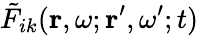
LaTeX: \tilde{F}_{ik}(\mathbf{r},\omega;\mathbf{r}^{\prime},\omega^{\prime};t)